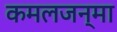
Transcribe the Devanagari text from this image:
कमलजन्मा